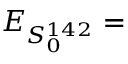
E _ { S _ { 0 } ^ { 1 4 2 } } =